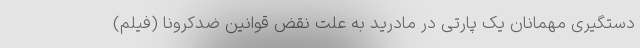
دستگیری مهمانان یک پارتی در مادرید به علت نقض قوانین ضدکرونا (فیلم)